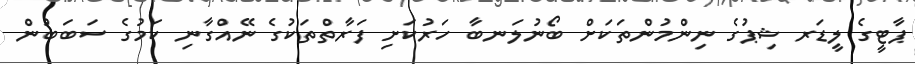
ޕާޓީގެ ލީޑަރ ޝިޕުގެ ނިންމުންތަކަށް ބޯނުލަނބާ ހަރުކަށި ފަރާތްތަކުގެ ނޭއްގާނި ކަމުގެ ސަބަބުން